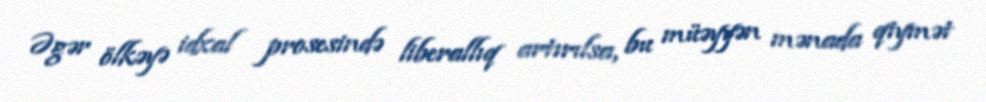
Əgər ölkəyə idxal prosesində liberallıq artırılsa, bu müəyyən mənada qiymət